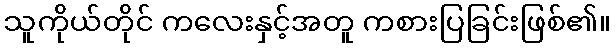
သူကိုယ်တိုင် ကလေးနှင့်အတူ ကစားပြခြင်းဖြစ်၏။